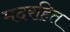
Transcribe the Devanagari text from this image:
मदरहित